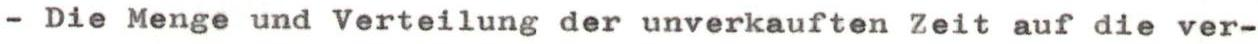
- Die Menge und Verteilung der unverkauften Zeit auf die ver-